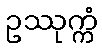
ဥဿုက္ကံ